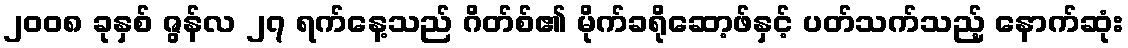
၂၀၀၈ ခုနှစ် ဇွန်လ ၂၇ ရက်နေ့သည် ဂိတ်စ်၏ မိုက်ခရိုဆော့ဖ်နှင့် ပတ်သက်သည့် နောက်ဆုံး